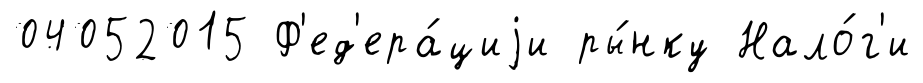
04052015 Ф'ед'ера́циjи ры́нку Нало́г'и